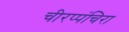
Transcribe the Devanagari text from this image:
चीरप्पंचिरा